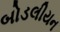
બોડલીયન